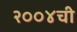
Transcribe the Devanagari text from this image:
२००४ची